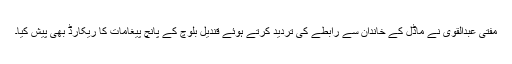
مفتی عبدالقوی نے ماڈل کے خاندان سے رابطے کی تردید کرتے ہوئے قندیل بلوچ کے پانچ پیغامات کا ریکارڈ بھی پیش کیا۔